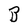
Character: B